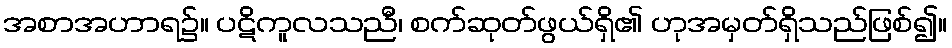
အစာအဟာရ၌။ ပဋိကူလသညီ၊ စက်ဆုတ်ဖွယ်ရှိ၏ ဟုအမှတ်ရှိသည်ဖြစ်၍။